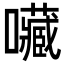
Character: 𡅆